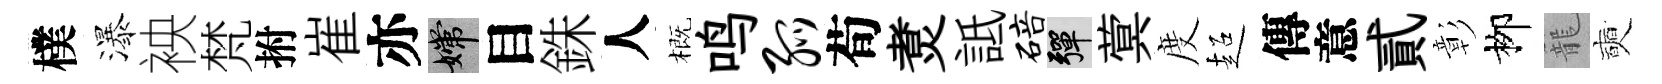
樸瀑䘧梵拊崔亦嫦目銖人概鸣弧荀煑詆碚彈蓂度超傳意貳彰栁籠奭